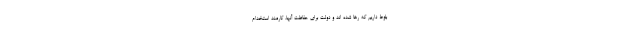
بلوط داریم که رها شده اند و دولت برای حفاظت آنها، کارمند استخدام